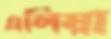
এলিয়া